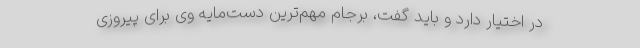
در اختیار دارد و باید گفت، برجام مهم‌ترین دست‌مایه وی برای پیروزی